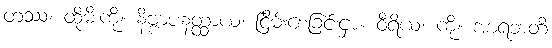
တဿ၊ ထိုမီးကို။ နိဗ္ဗာပနတ္ထာယ၊ ငြိမ်းစေခြင်းငှာ။ ဝီရိယံ၊ ကို။ အာရဘတိ